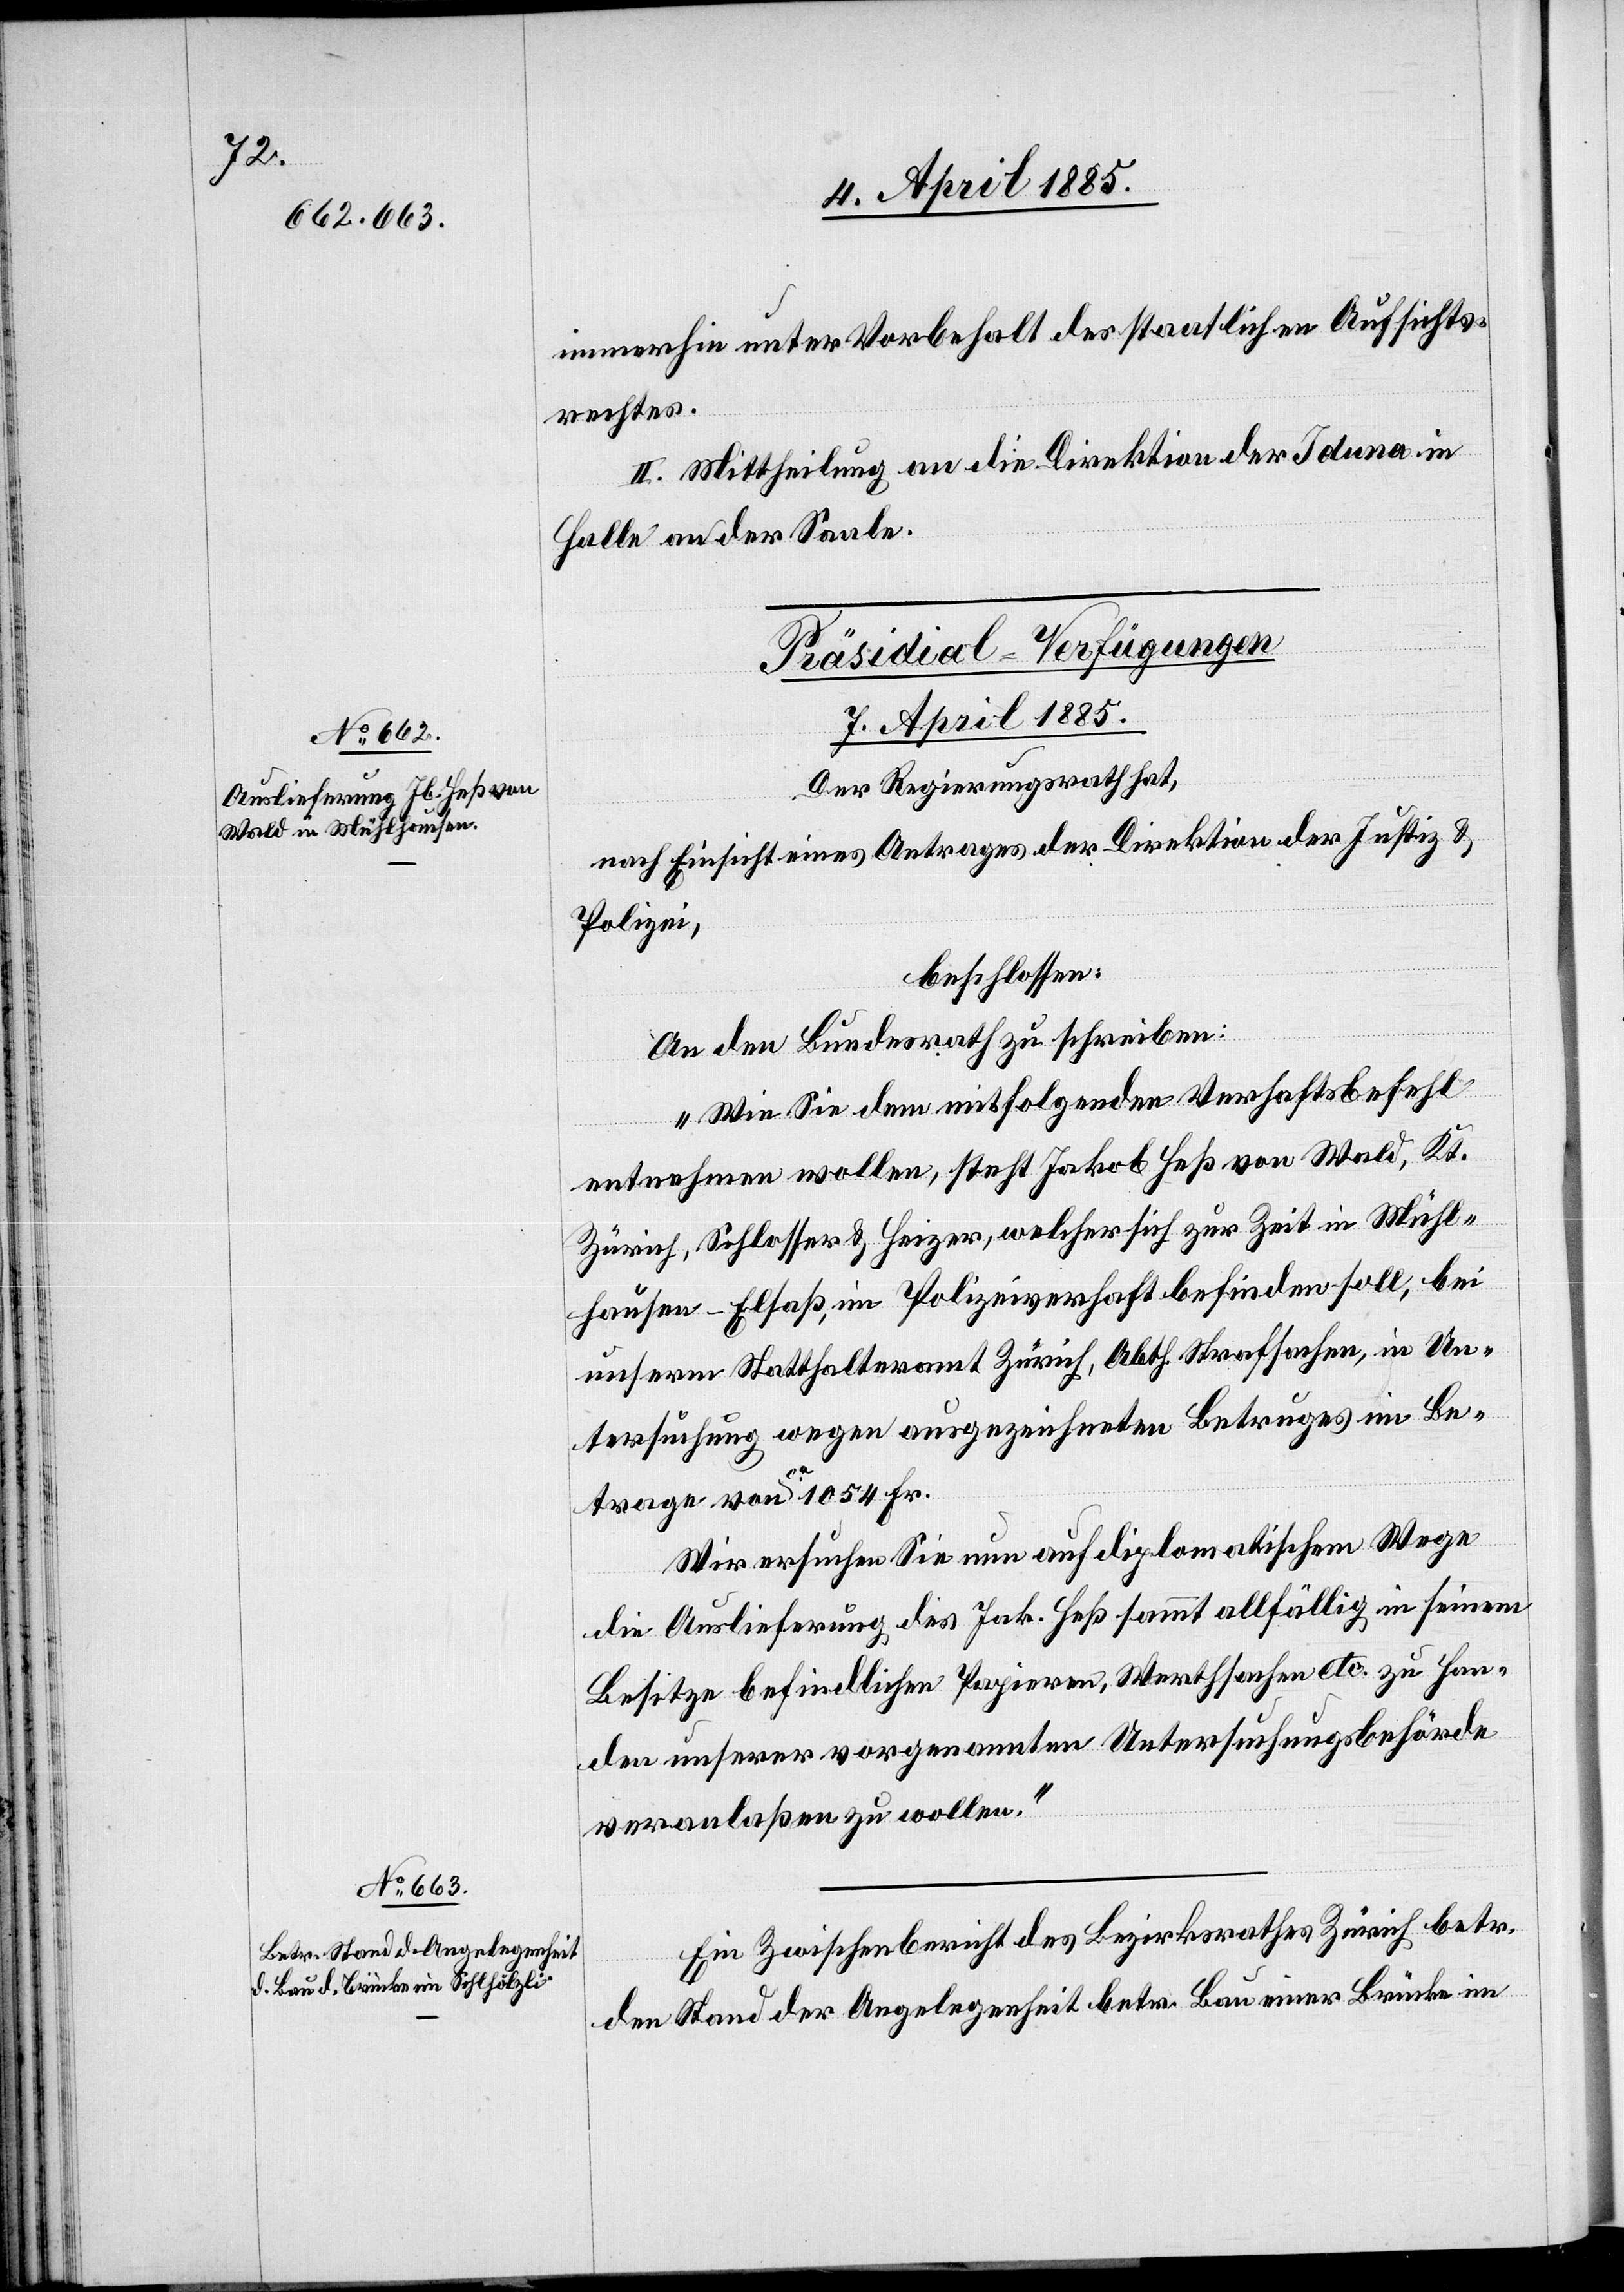
immerhin unter Vorbehalt des staatlichen Aufsichts¬
rechtes.
II. Mittheilung an die Direktion der Iduna in
Halle an der Saale.
[Präsidial-Verfügungen.
07. April 1885.]
Der Regierungsrath hat,
nach Einsicht eines Antrages der Direktion der Justiz &
Polizei,
beschlossen:
„Wie Sie dem mitfolgenden Verhaftsbefehl
entnehmen wollen, steht Jakob Heß von Wald, Kt.
Zürich, Schlosser & Heizer, welcher sich zur Zeit in Mühl¬
hausen - Elsaß, im Polizeiverhaft befinden soll, bei
unserm Statthalteramt Zürich, Abth. Strafsachen, in Un¬
tersuchung wegen ausgezeichneten Betruges im Be¬
trage von ca 1054 Fr.
Wir ersuchen Sie nun auf diplomatischem Wege
die Auslieferung des Jak. Heß sammt allfällig in seinem
Besitze befindlichen Papieren, Werthsachen etc. zu Han¬
den unserer vorgenannten Untersuchungsbehörde
veranlaßen zu wollen.“
Ein Zwischenbericht des Bezirksrathes Zürich betr.
den Stand der Angelegenheit betr. Bau einer Brücke im